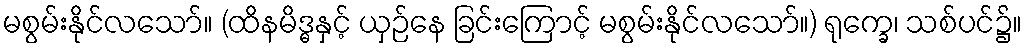
မစွမ်းနိုင်လသော်။ (ထိနမိဒ္ဓနှင့် ယှဉ်နေ ခြင်းကြောင့် မစွမ်းနိုင်လသော်။) ရုက္ခေ၊ သစ်ပင်၌။